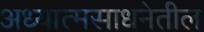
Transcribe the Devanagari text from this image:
अध्यात्मसाधनेतील